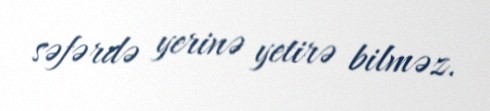
səfərdə yerinə yetirə bilməz.